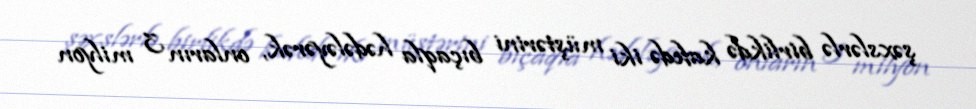
şəxslərlə birlikdə kafedə iki müştərini bıçaqla hədələyərək, onların 3 milyon